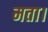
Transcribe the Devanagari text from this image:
मता।